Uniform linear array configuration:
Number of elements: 4
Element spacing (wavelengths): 0.75
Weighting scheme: blackman
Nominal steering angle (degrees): -45
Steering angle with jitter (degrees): -45.222
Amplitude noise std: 0.05
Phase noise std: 0.05

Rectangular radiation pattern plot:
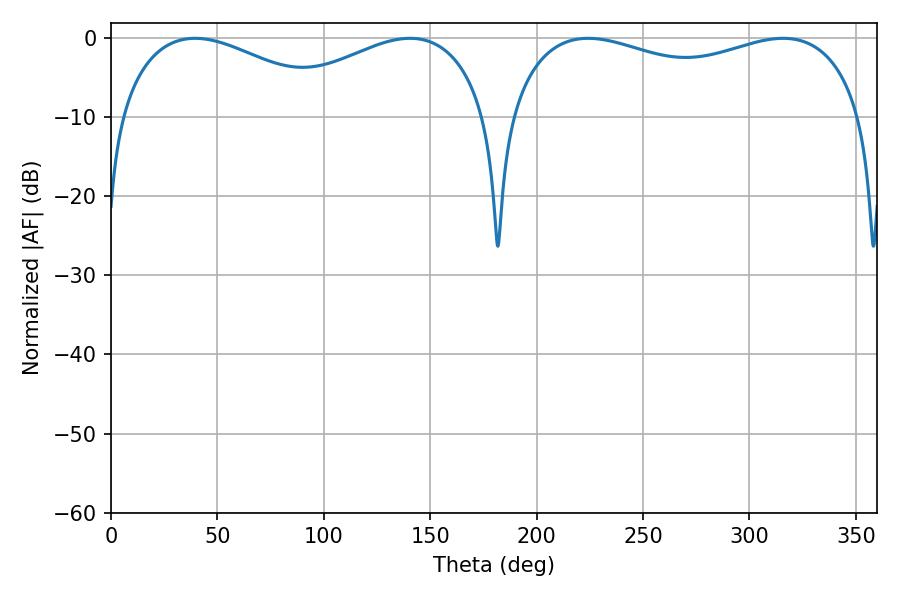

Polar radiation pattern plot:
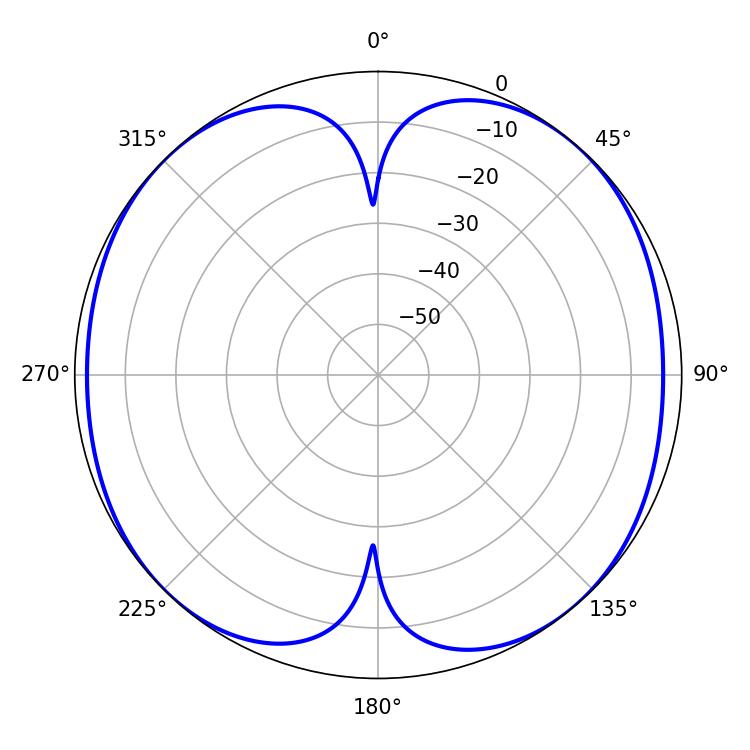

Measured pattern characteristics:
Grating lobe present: TRUE
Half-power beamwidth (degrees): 137.16
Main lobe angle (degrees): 224.28